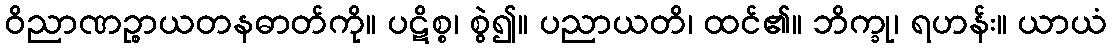
ဝိညာဏဉ္စာယတနဓာတ်ကို။ ပဋိစ္စ၊ စွဲ၍။ ပညာယတိ၊ ထင်၏။ ဘိက္ခု၊ ရဟန်း။ ယာယံ